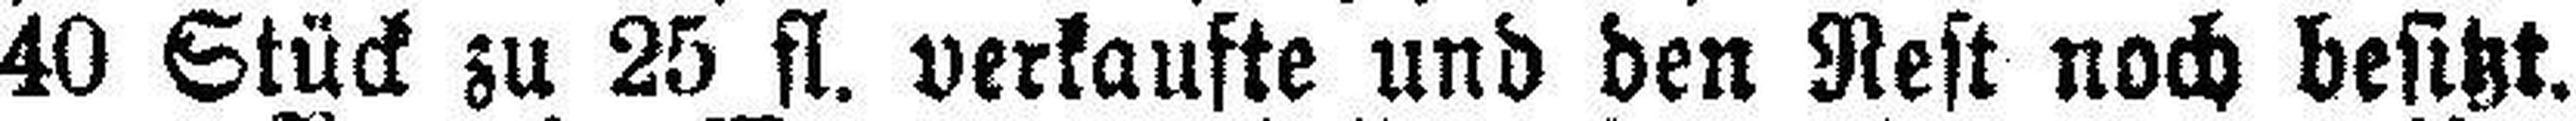
40 Stück zu 25 fl. verkaufte und den Rest noch besitzt.